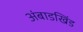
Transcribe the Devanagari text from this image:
अंबाडखिंड